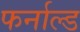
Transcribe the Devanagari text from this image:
फर्नाल्ड